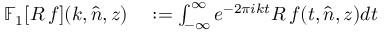
\begin{array} { r l } { \mathbb { F } _ { 1 } [ R \, f ] ( k , \hat { n } , z ) } & { { } : = \int _ { - \infty } ^ { \infty } e ^ { - 2 \pi i k t } R \, f ( t , \hat { n } , z ) d t } \end{array}